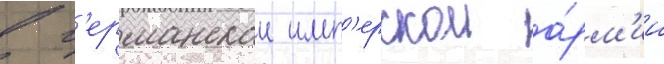
в г'ерманскои имп'ерскои а́рм'ии